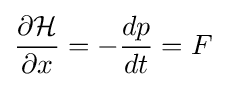
{\frac {\partial {\mathcal {H}}}{\partial x}}=-{\frac {dp}{dt}}=F